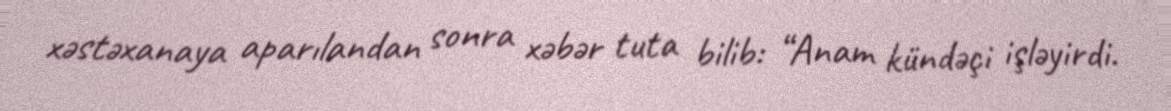
xəstəxanaya aparılandan sonra xəbər tuta bilib: “Anam kündəçi işləyirdi.